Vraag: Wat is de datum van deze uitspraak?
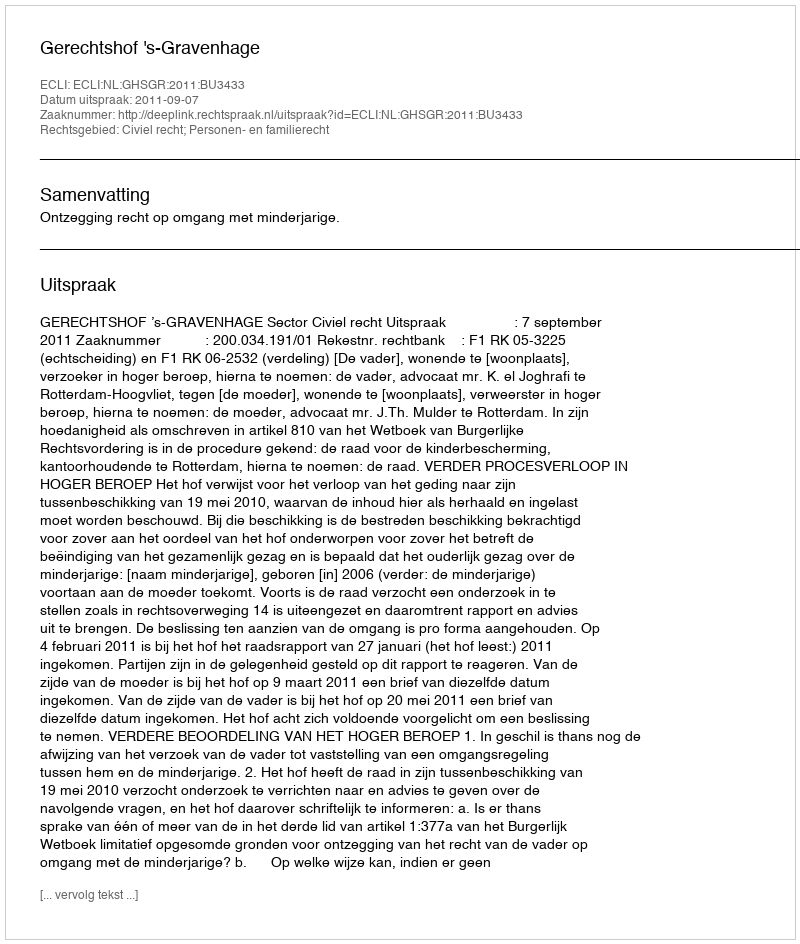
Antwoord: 2011-09-07